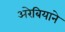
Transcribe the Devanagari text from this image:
अरेबियाने